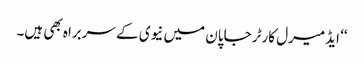
‘‘ ایڈمیرل کارٹر جاپان میں نیوی کے سربراہ بھی ہیں۔